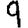
Digit: 9